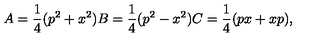
A = \frac { 1 } { 4 } ( p ^ { 2 } + x ^ { 2 } ) B = \frac { 1 } { 4 } ( p ^ { 2 } - x ^ { 2 } ) C = \frac { 1 } { 4 } ( p x + x p ) ,